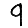
Digit: 9